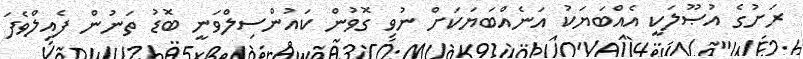
ރަށުގެ އުޞޫލަކީ އެއްބަޔަކު އަނެއްބަޔަކަށް ނުވި ގޮވުން ކައުންސިލްވަނީ ބޮޑު ތަނުން ފެއިލްވެފަ